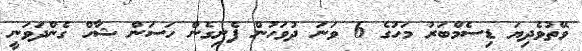
ވޭތުވެދިޔަ ޑިސެމްބަރު މަހުގެ 6 ވަނަ ދުވަހުން ފެށިގެން ހަސަން ޝާހް ގެންދަވަނީ